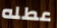
عطله